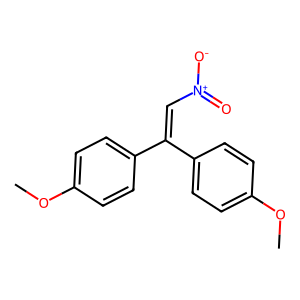
SMILES: COc1ccc(C(=C[N+](=O)[O-])c2ccc(OC)cc2)cc1
Inhibits HIV replication: No